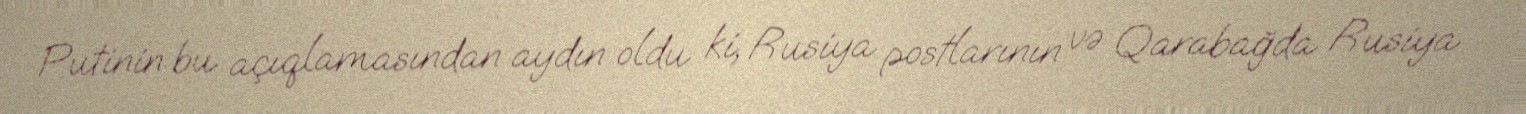
Putinin bu açıqlamasından aydın oldu ki, Rusiya postlarının və Qarabağda Rusiya